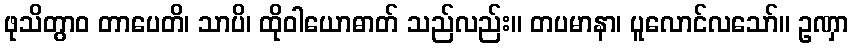
ဖုသိတွာဝ တာပေတိ၊ သာပိ၊ ထိုဝါယောဓာတ် သည်လည်း။ တပမာနာ၊ ပူလောင်လသော်။ ဥဏှာ